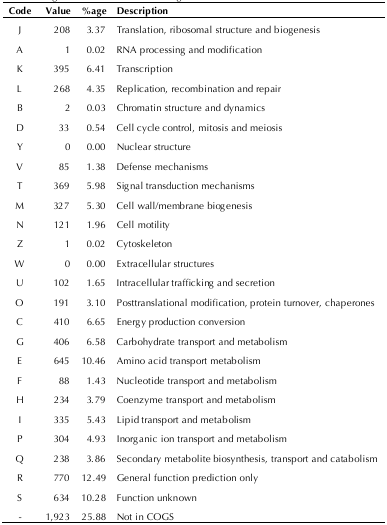
<table><thead><tr><td><b>Code</b></td><td><b>Value</b></td><td><b>%age</b></td><td colspan="2"><b>Description</b></td></tr></thead><tbody><tr><td>J</td><td>208</td><td>3.37</td><td>Translation, ribosomal structure and biogenesis</td></tr><tr><td>A</td><td>1</td><td>0.02</td><td>RNA processing and modification</td></tr><tr><td>K</td><td>395</td><td>6.41</td><td>Transcription</td></tr><tr><td>L</td><td>268</td><td>4.35</td><td>Replication, recombination and repair</td></tr><tr><td>B</td><td>2</td><td>0.03</td><td>Chromatin structure and dynamics</td></tr><tr><td>D</td><td>33</td><td>0.54</td><td>Cell cycle control, mitosis and meiosis</td></tr><tr><td>Y</td><td>0</td><td>0.00</td><td>Nuclear structure</td></tr><tr><td>V</td><td>85</td><td>1.38</td><td>Defense mechanisms</td></tr><tr><td>T</td><td>369</td><td>5.98</td><td>Signal transduction mechanisms</td></tr><tr><td>M</td><td>327</td><td>5.30</td><td>Cell wall/membrane biogenesis</td></tr><tr><td>N</td><td>121</td><td>1.96</td><td>Cell motility</td></tr><tr><td>Z</td><td>1</td><td>0.02</td><td>Cytoskeleton</td></tr><tr><td>W</td><td>0</td><td>0.00</td><td>Extracellular structures</td></tr><tr><td>U</td><td>102</td><td>1.65</td><td>Intracellular trafficking and secretion</td></tr><tr><td>O</td><td>191</td><td>3.10</td><td>Posttranslational modification, protein turnover, chaperones</td></tr><tr><td>C</td><td>410</td><td>6.65</td><td>Energy production conversion</td></tr><tr><td>G</td><td>406</td><td>6.58</td><td>Carbohydrate transport and metabolism</td></tr><tr><td>E</td><td>645</td><td>10.46</td><td>Amino acid transport metabolism</td></tr><tr><td>F</td><td>88</td><td>1.43</td><td>Nucleotide transport and metabolism</td></tr><tr><td>H</td><td>234</td><td>3.79</td><td>Coenzyme transport and metabolism</td></tr><tr><td>I</td><td>335</td><td>5.43</td><td>Lipid transport and metabolism</td></tr><tr><td>P</td><td>304</td><td>4.93</td><td>Inorganic ion transport and metabolism</td></tr><tr><td>Q</td><td>238</td><td>3.86</td><td>Secondary metabolite biosynthesis, transport and catabolism</td></tr><tr><td>R</td><td>770</td><td>12.49</td><td>General function prediction only</td></tr><tr><td>S</td><td>634</td><td>10.28</td><td>Function unknown</td></tr><tr><td>-</td><td>1,923</td><td>25.88</td><td>Not in COGS</td></tr></tbody></table>